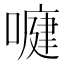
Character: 𭊺